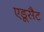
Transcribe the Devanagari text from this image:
एडूसैट